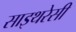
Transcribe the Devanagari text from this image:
साइथरेसी